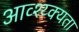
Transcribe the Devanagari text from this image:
आव्श्य्क्यता